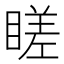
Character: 䁟